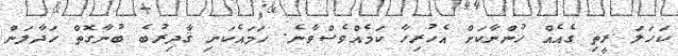
ކަހަލަ ރީތި ގެއެއް ހުންނާކަށް އެހުރިހާ ކަމެއްވެސްވާނެ. ހަމައެކަނި ޤާދިރުބެ ބުނާގޮތް ހަދާލަން